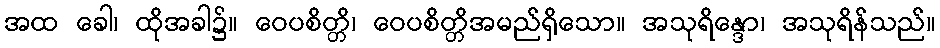
အထ ခေါ၊ ထိုအခါ၌။ ဝေပစိတ္တိ၊ ဝေပစိတ္တိအမည်ရှိသော။ အသုရိန္ဒော၊ အသုရိန်သည်။